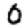
Digit: 0